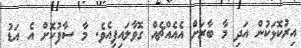
އިރުކޮޅަކުން އަދި މާ ބާރަށް އެއެއްޗެއް ގޮވާލައިފިއެވެ. މާ ސާފުކޮށް އެ އަޑު